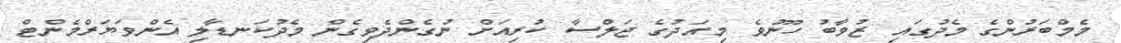
މެމްބަރުންގެ މެދުގައި ޒުވާބު ހޫނުވެ މިއަދުގެ ޖަލްސާ ކުރިއަށް ނުގެންދެވިގެން މެދުކަނޑާލި އެންވަޔަރްމެންޓް